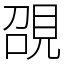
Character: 䙼